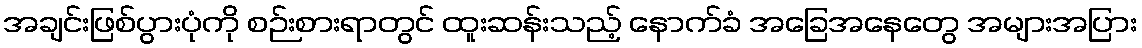
အချင်းဖြစ်ပွားပုံကို စဉ်းစားရာတွင် ထူးဆန်းသည့် နောက်ခံ အခြေအနေတွေ အများအပြား